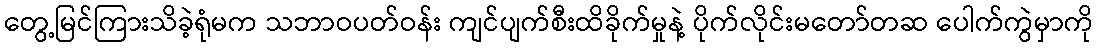
တွေ့မြင်ကြားသိခဲ့ရုံမက သဘာဝပတ်ဝန်း ကျင်ပျက်စီးထိခိုက်မှုနဲ့ ပိုက်လိုင်းမတော်တဆ ပေါက်ကွဲမှာကို